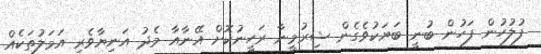
ފުލުހުން ފަހުން ބުނީ ބަޔަކުވެގެން ޝިރުމީނާ ރަހީނުކޮށް އޭނާއާ މެދު އަނިޔާވެރި އަމަލުތަކެއް